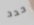
حدد